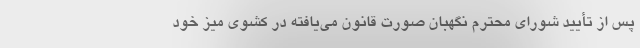
پس از تأیید شورای محترم نگهبان صورت قانون می‌یافته در کشوی میز خود